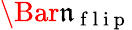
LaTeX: \Bar{\mathfrak{n}}_{\mathrm{{~f~l~i~p~}}}